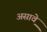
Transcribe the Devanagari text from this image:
असाव़े